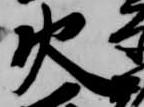
火